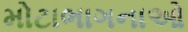
મોટાભાગનાઓ